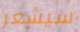
سيشعر